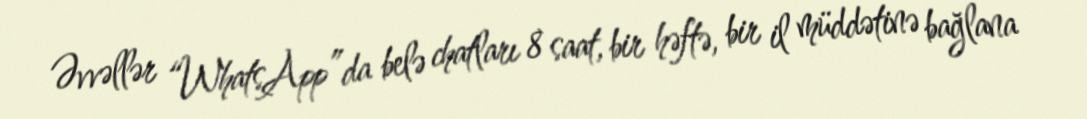
Əvvəllər “WhatsApp”da belə chatları 8 saat, bir həftə, bir il müddətinə bağlana